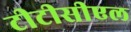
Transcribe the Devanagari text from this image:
टीटीसीएल